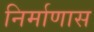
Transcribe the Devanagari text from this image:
निर्माणास